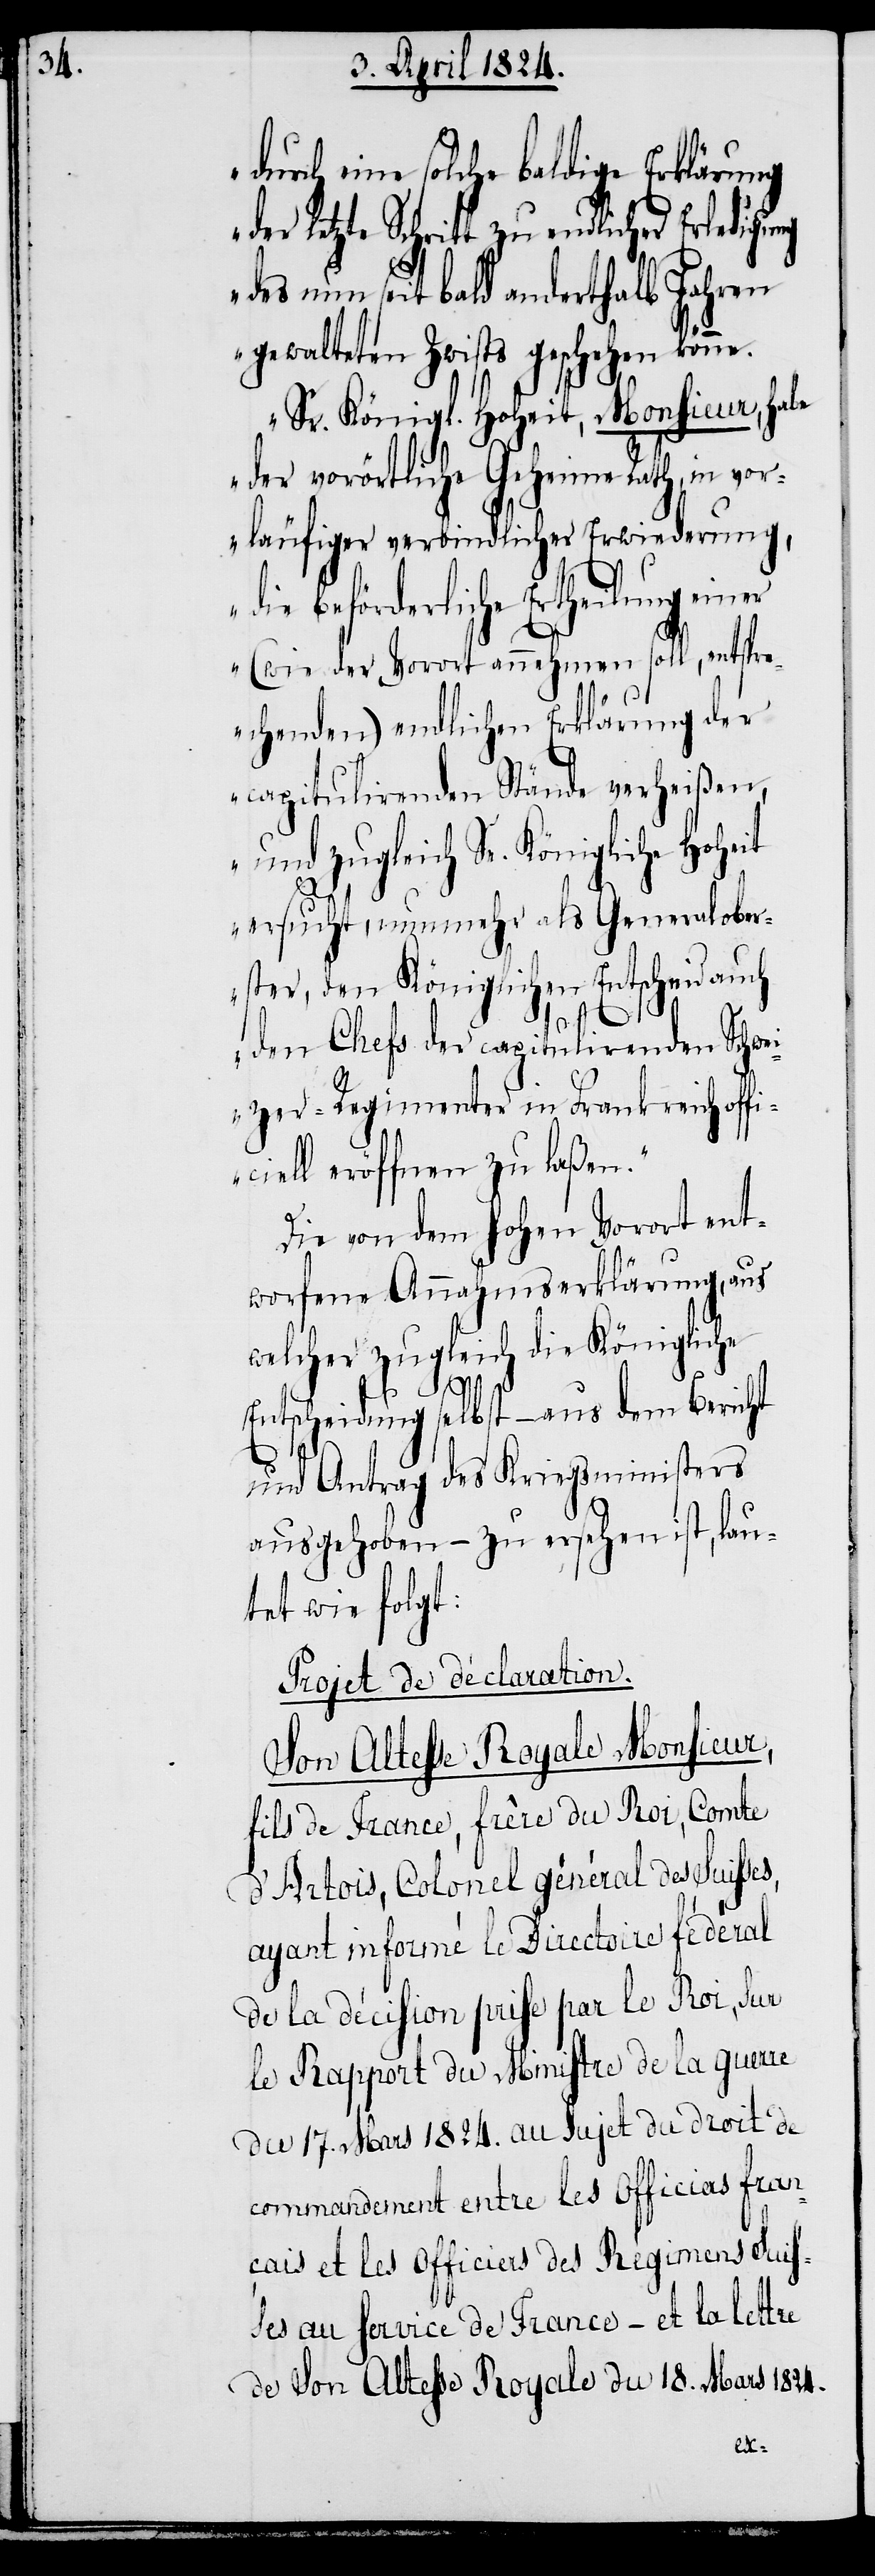
durch eine solche baldige Erklärung
letzte Schritt zu endlicher Erledigu¬
des nun seit bald anderthalb Jahren
gewalteten Zwists geschehen könne.
Sr. Königl. Hoheit, Monsieur, habe
der vorörtliche Geheime Rath, in vor¬
läufiger verbindlicher Erwiederung,
die beförderliche Ertheilung ein¬
er (wie der der Vorort annehmen soll, entspr¬
echenden) endlichen Erklärung der
capitulirenden Stände verheißen,
und zugleich Se. Königliche Hoheit
ic¬
ersucht, nunmehr als Generalober¬
ster, den Königlichen Entscheid auch
den Chefs der capitulirenden Schwei¬
zer-Regimenter in Frankreich off¬
iell eröffnen zu laßen.“
Die von dem hohen Vorort ent¬
worfene Annahmserklärung, aus
welcher zugleich die Königliche
Entscheidung selbst – aus dem Bericht
und Antrag des Kriegsministers
ausgehoben – zu ersehen ist, lau¬
tet wie folgt:
Projet de déclaration.
Son Altesse Royale Monsieur,
fils de France, frêre du Roi, Comte
d’Artois, Colonel général des Suisses,
ayant informé le Directoire fédéral
de la décision prise par le Roi, sur
le Rapport du Ministre de la guerre
du 17. Mars 1824. au sujet du droit de
commandement entre les Officiers fran¬
çais et les Officiers des Regimens Suis¬
ses au service de France – et la lettre
de Son Altesse Royale du 18. Mars 1824.